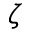
\zeta